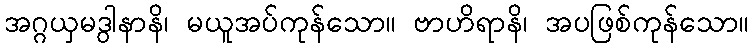
အဂ္ဂယှမဒွါနာနိ၊ မယူအပ်ကုန်သော။ ဗာဟိရာနိ၊ အပဖြစ်ကုန်သော။